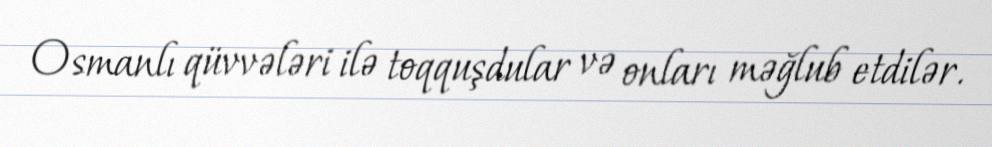
Osmanlı qüvvələri ilə toqquşdular və onları məğlub etdilər.